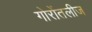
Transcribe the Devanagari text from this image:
गोरोंतलीज